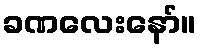
ခဏလေးနော်။